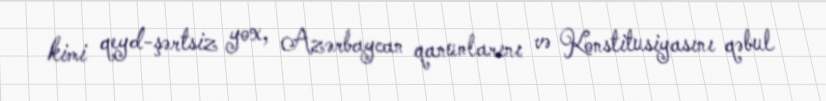
kimi qeyd-şərtsiz yox, Azərbaycan qanunlarını və Konstitusiyasını qəbul